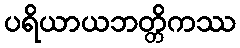
ပရိယာယဘတ္တိကဿ